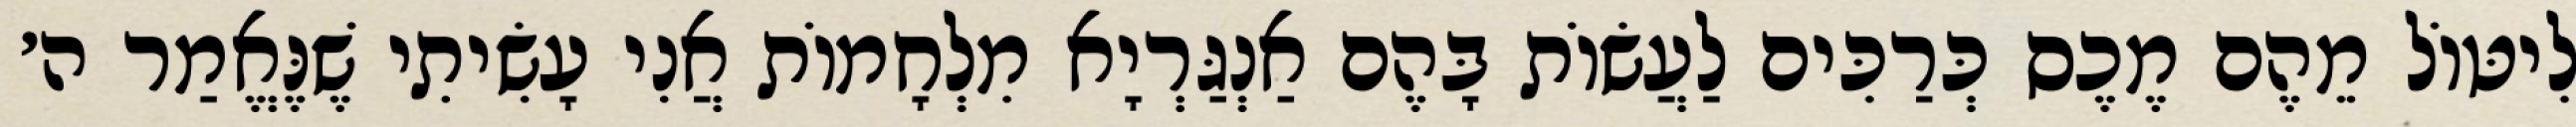
לִיטּוֹל מֵהֶם מֶכֶס כְּרַכִּים לַעֲשׂוֹת בָּהֶם אַנְגַּרְיָא מִלְחָמוֹת אֲנִי עָשִׂיתִי שֶׁנֶּאֱמַר ה׳